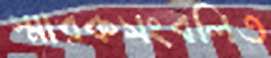
স্মারকসংবলিত